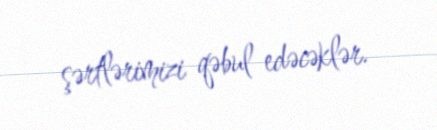
şərtlərimizi qəbul edəcəklər.